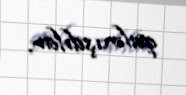
qalmışdılar.